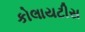
કોલાયટીસ